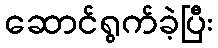
ဆောင်ရွက်ခဲ့ပြီး